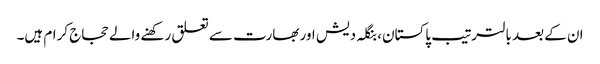
ان کے بعد بالترتیب پاکستان، بنگلہ دیش اور بھارت سے تعلق رکھنے والے حجاج کرام ہیں۔